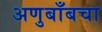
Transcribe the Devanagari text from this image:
अणुबाँबचा